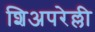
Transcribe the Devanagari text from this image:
शिअपरेल्ली